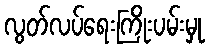
လွတ်လပ်ရေးကြိုးပမ်းမှု